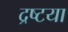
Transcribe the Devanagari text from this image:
द्रष्टया